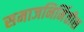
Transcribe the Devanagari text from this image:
समाजनिर्मितीस